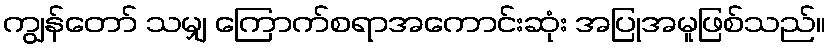
ကျွန်တော် သမျှ ကြောက်စရာအကောင်းဆုံး အပြုအမူဖြစ်သည်။